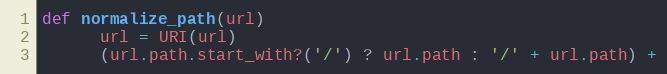
Language: Ruby
def normalize_path(url)
      url = URI(url)
      (url.path.start_with?('/') ? url.path : '/' + url.path) +